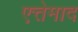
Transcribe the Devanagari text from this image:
एत्तेमाद